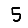
Digit: 5